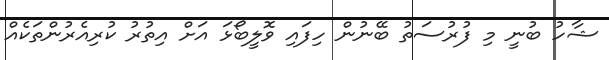
ޝާހު ބުނީ މި ފުރުސަތު ބޭނުން ހިފައި ވޮލީބޯޅަ އަށް އިތުުރު ކުރިއެރުންތަކެއް